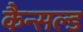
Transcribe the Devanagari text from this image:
कैन्सल्ड